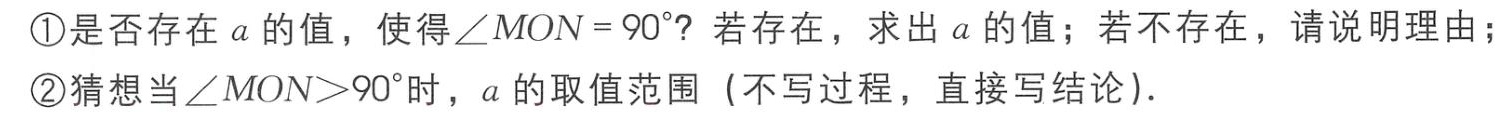
\textcircled{1}是否存在\(a\)的值，使得\(\angle MON = 90^{\circ}\)？若存在，求出\(a\)的值；若不存在，请说明理由；
\textcircled{2}猜想当\(\angle MON>90^{\circ}\)时，\(a\)的取值范围（不写过程，直接写结论）．